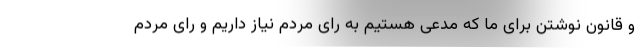
و قانون نوشتن برای ما که مدعی هستیم به رای مردم نیاز داریم و رای مردم